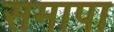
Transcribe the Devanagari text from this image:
समापा